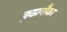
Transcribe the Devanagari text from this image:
क्रुझनौका